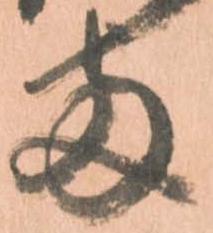
両